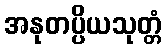
အနုတပ္ပိယသုတ္တံ